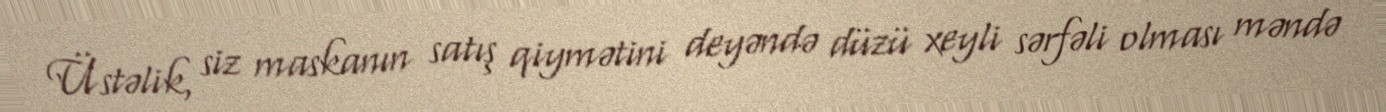
Üstəlik, siz maskanın satış qiymətini deyəndə düzü xeyli sərfəli olması məndə